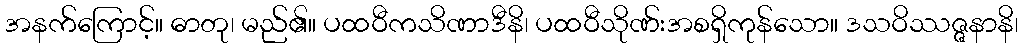
အနက်ကြောင့်။ ဓာတု၊ မည်၏။ ပထဝီကသိဏာဒီနိ၊ ပထဝီသိုဏ်းအစရှိကုန်သော။ ဒသဝိဿဇ္ဇနာနိ၊